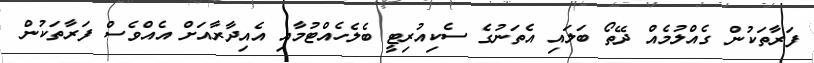
ފަރާތަކުން ގެއްލުމެއް ދޭތޯ ބަލައި އެތަނުގެ ސެކިއުރިޓީ ބެލެހެއްޓުމާއި އެއިދާރާއަށް އެއްވެސް ފަރާތަކުން